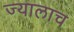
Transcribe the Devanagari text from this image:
ज्यालाच